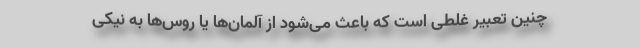
چنین تعبیرِ غلطی است که باعث می‌شود از آلمان‌ها یا روس‌ها به نیکی